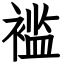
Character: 褴